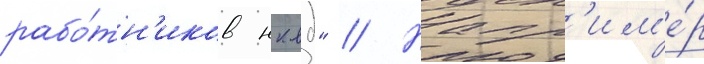
рабо́тн'иков нквд" // Напр'им'е́р